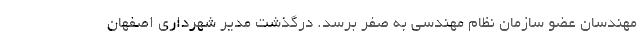
مهندسان عضو سازمان نظام مهندسی به صفر برسد. درگذشت مدیر شهرداری اصفهان